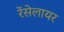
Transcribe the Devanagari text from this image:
रेंसेलायर